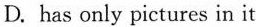
In Zhang Ming's eyes，teaching his parents about WeChat brings him closer to his parents。”People